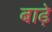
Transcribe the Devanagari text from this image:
बाढ़े